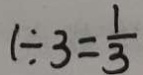
1 \div 3 = \frac { 1 } { 3 }